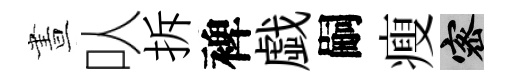
晝㕥拆裨戯嗣瘦密